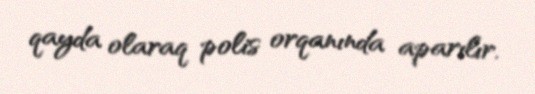
qayda olaraq polis orqanında aparılır.